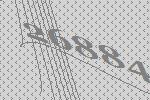
26884